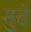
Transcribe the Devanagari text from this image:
मुर्ढे